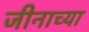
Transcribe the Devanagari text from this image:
जीनाच्या